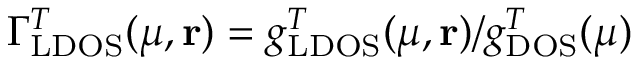
\Gamma _ { \mathrm { L D O S } } ^ { T } ( \mu , \mathbf { r } ) = g _ { \mathrm { L D O S } } ^ { T } ( \mu , \mathbf { r } ) / g _ { \mathrm { D O S } } ^ { T } ( \mu )